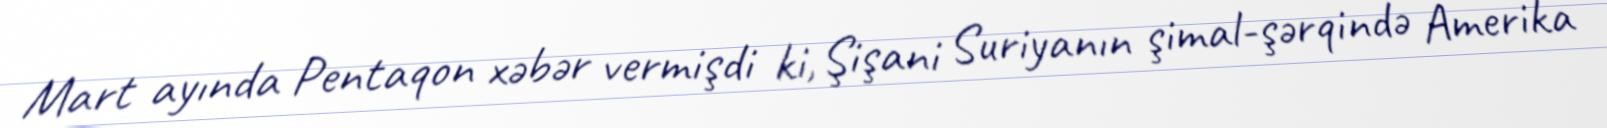
Mart ayında Pentaqon xəbər vermişdi ki, Şişani Suriyanın şimal-şərqində Amerika